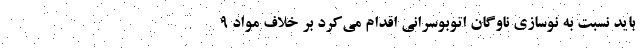
باید نسبت به نوسازی ناوگان اتوبوسرانی اقدام می‌کرد بر خلاف مواد ۹